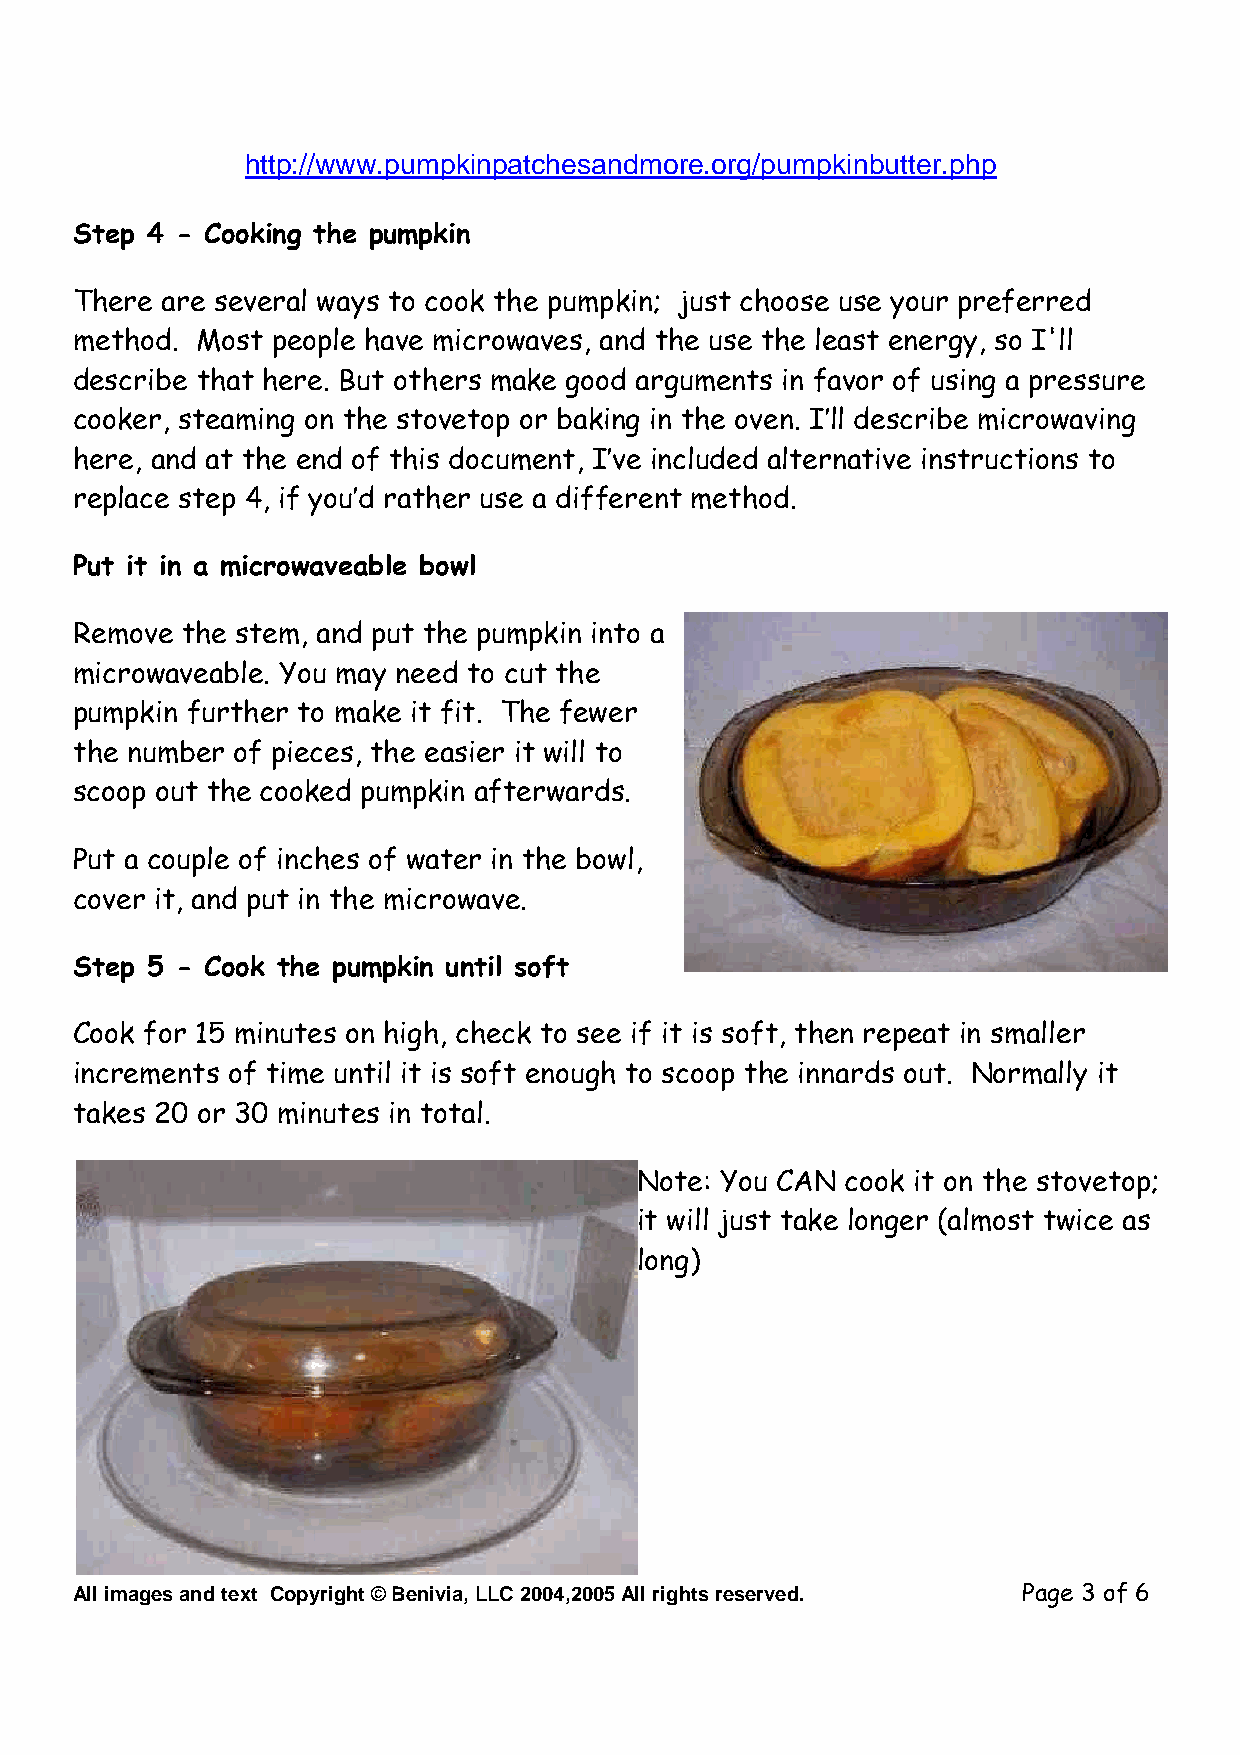
http://www.pumpkinpatchesandmore.org/pumpkinbutter.php
 Step 4 - Cooking the pumpkin
 There are several ways to cook the pumpkin; just choose use your preferred
 method. Most people have microwaves, and the use the least energy, so I'll
 describe that here. But others make good arguments in favor of using a pressure
 cooker, steaming on the stovetop or baking in the oven. I’ll describe microwaving
 here, and at the end of this document, I’ve included alternative instructions to
 replace step 4, if you’d rather use a different method.
 Put it in a microwaveable bowl
 Remove the stem, and put the pumpkin into a
 microwaveable. You may need to cut the
 pumpkin further to make it fit. The fewer
 the number of pieces, the easier it will to
 scoop out the cooked pumpkin afterwards.
 Put a couple of inches of water in the bowl,
 cover it, and put in the microwave.
 Step 5 - Cook the pumpkin until soft
 Cook for 15 minutes on high, check to see if it is soft, then repeat in smaller
 increments of time until it is soft enough to scoop the innards out. Normally it
 takes 20 or 30 minutes in total.
 Note: You CAN cook it on the stovetop;
 it will just take longer (almost twice as
 long)
 Allimagesandtext Copyright©Benivia,LLC2004,2005Allrightsreserved. Page 3 of 6